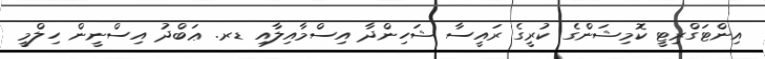
އިންޓަގްރިޓީ ކޮމިޝަންގެ ކުރީގެ ރައީސާ ޝަހިންދާ އިސްމާއިލާއި ޑރ. ޢަބްދު އިސްނީން ހިލްމީ